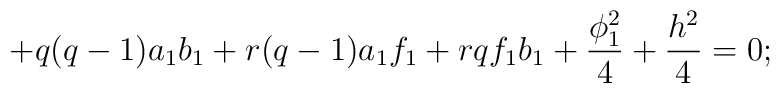
+q(q-1)a_{1}b_{1}+r(q-1)a_{1}f_{1}+rqf_{1}b_{1}+\frac{\phi_{1}^{2}}{4}+ \frac{h^{2}}{4}=0;